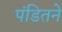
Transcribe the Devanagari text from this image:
पंडितने